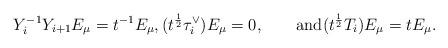
LaTeX: \begin{align*}Y_i^{-1}Y_{i+1} E_\mu = t^{-1} E_\mu, (t^{\frac12}\tau^\vee_i) E_\mu = 0,\qquad\hbox{and}(t^{\frac12}T_i) E_\mu = t E_\mu.\end{align*}